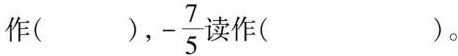
作( )，- \frac{7}{5}读作( )。